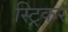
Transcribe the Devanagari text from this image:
स्ट्रिकर